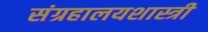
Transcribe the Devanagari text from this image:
संग्रहालयशास्त्री